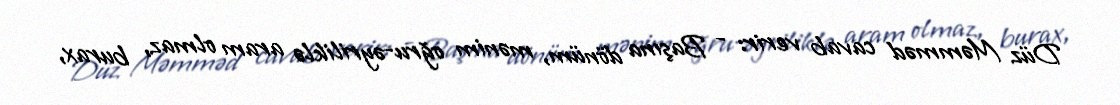
Düz Məmməd cavab verir: - Başına dönüm, mənim oğru-əyriliklə aram olmaz, burax,